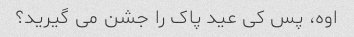
اوه، پس کی عید پاک را جشن می گیرید؟